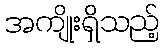
အကျိုးရှိသည့်